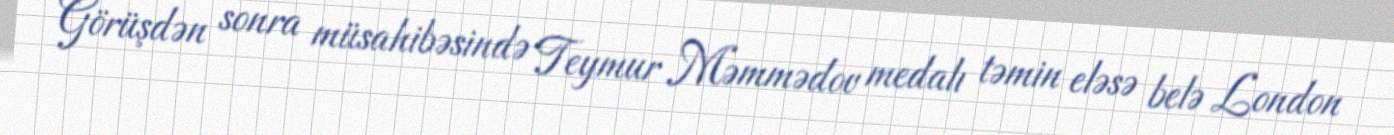
Görüşdən sonra müsahibəsində Teymur Məmmədov medalı təmin eləsə belə London